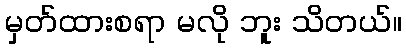
မှတ်ထားစရာ မလို ဘူး သိတယ်။